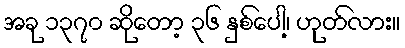
အခု ၁၃၇၀ ဆိုတော့ ၃၆ နှစ်ပေါ့၊ ဟုတ်လား။